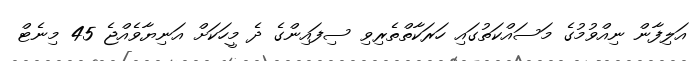
އަލިފާން ނިއްވުމުގެ މަސައްކަތުގައި ހަރަކާތްތެރިވި ސިފައިންގެ ދެ މީހަކަށް އަނިޔާވެއްޖެ 45 މިނެޓް